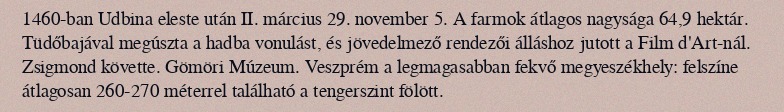
1460-ban Udbina eleste után II. március 29. november 5. A farmok átlagos nagysága 64,9 hektár. Tüdőbajával megúszta a hadba vonulást, és jövedelmező rendezői álláshoz jutott a Film d'Art-nál. Zsigmond követte. Gömöri Múzeum. Veszprém a legmagasabban fekvő megyeszékhely: felszíne átlagosan 260-270 méterrel található a tengerszint fölött.